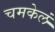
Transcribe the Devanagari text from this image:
चमकेलं